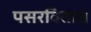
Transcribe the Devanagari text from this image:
पसरवितात